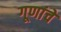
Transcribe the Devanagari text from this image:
गूणांचे